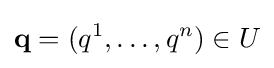
{\mathbf {q} }=(q^{1},\ldots ,q^{n})\in U